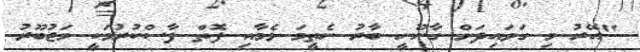
"އޭރު މި ގަވައިދަށް ގާނޫނީ ބާރު ނެތީމަ ޅެމާއި ފޮތް ފާސްކުރުމަކީ މަޖުބޫރު